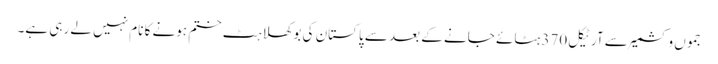
جموں وکشمیر سے آرٹیکل 370 ہٹائے جانے کے بعد سے پاکستان کی بوکھلاہٹ ختم ہونے کا نام نہیں لے رہی ہے۔